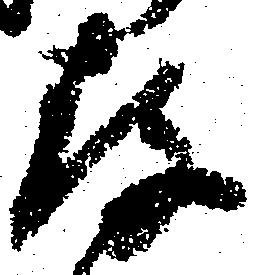
存